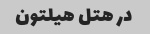
در هتل هیلتون